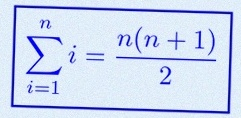
\sum_{i=1}^{n}i=\frac{n(n+1)}2